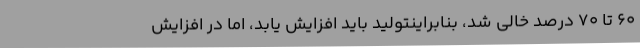
60 تا 70 درصد خالی شد، بنابراینتولید باید افزایش یابد، اما در افزایش